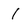
Character: 1